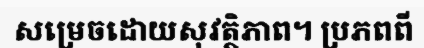
សម្រេចដោយសុវត្ថិភាព។ ប្រភពពី